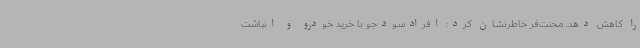
را کاهش دهد. محنت‌فر خاطرنشان کرد: افرادسودجو با خرید خودرو و انباشت